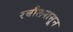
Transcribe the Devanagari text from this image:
रबौलपासून